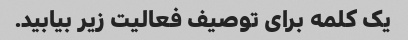
یک کلمه برای توصیف فعالیت زیر بیابید.